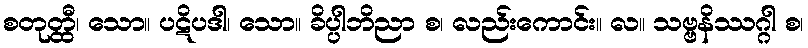
စတုတ္ထီ၊ သော။ ပဋိပဒါ၊ သော။ ခိပ္ပါဘိညာ စ၊ လည်းကောင်း။ လ။ သဗ္ဗနိဿဂ္ဂါ စ၊